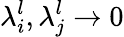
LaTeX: \lambda_{i}^{l},\lambda_{j}^{l}\rightarrow 0